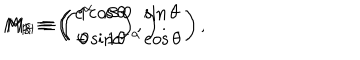
M _ { R } \equiv \left( \begin{array} { r l } { { \cos \theta } } & { { \sin \theta } } \\ { { - \sin \theta } } & { { \cos \theta } } \\ \end{array} \right) , \hspace { 0 . 5 c m } M _ { H } \equiv \left( \begin{array} { c c } { { 1 } } & { { \beta } } \\ { { 0 } } & { { 1 } } \\ \end{array} \right) , \hspace { 0 . 5 c m } M _ { S } \equiv \left( \begin{array} { c c } { { e ^ { \alpha } } } & { { 0 } } \\ { { 0 } } & { { e ^ { - \alpha } } } \\ \end{array} \right) .